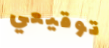
توقيعي